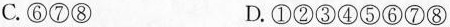
C.⑥⑦⑧ D.①②③④⑤⑥⑦⑧